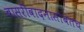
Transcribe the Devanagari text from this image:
बासरीवादनासोबतच